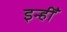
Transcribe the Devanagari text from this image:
इन्हीँ